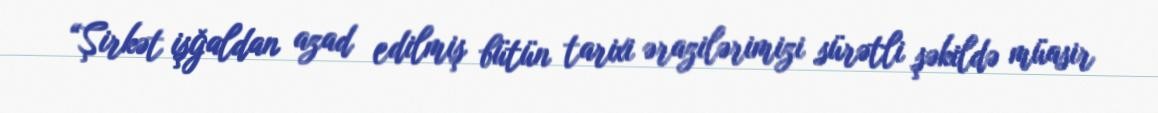
“Şirkət işğaldan azad edilmiş bütün tarixi ərazilərimizi sürətli şəkildə müasir